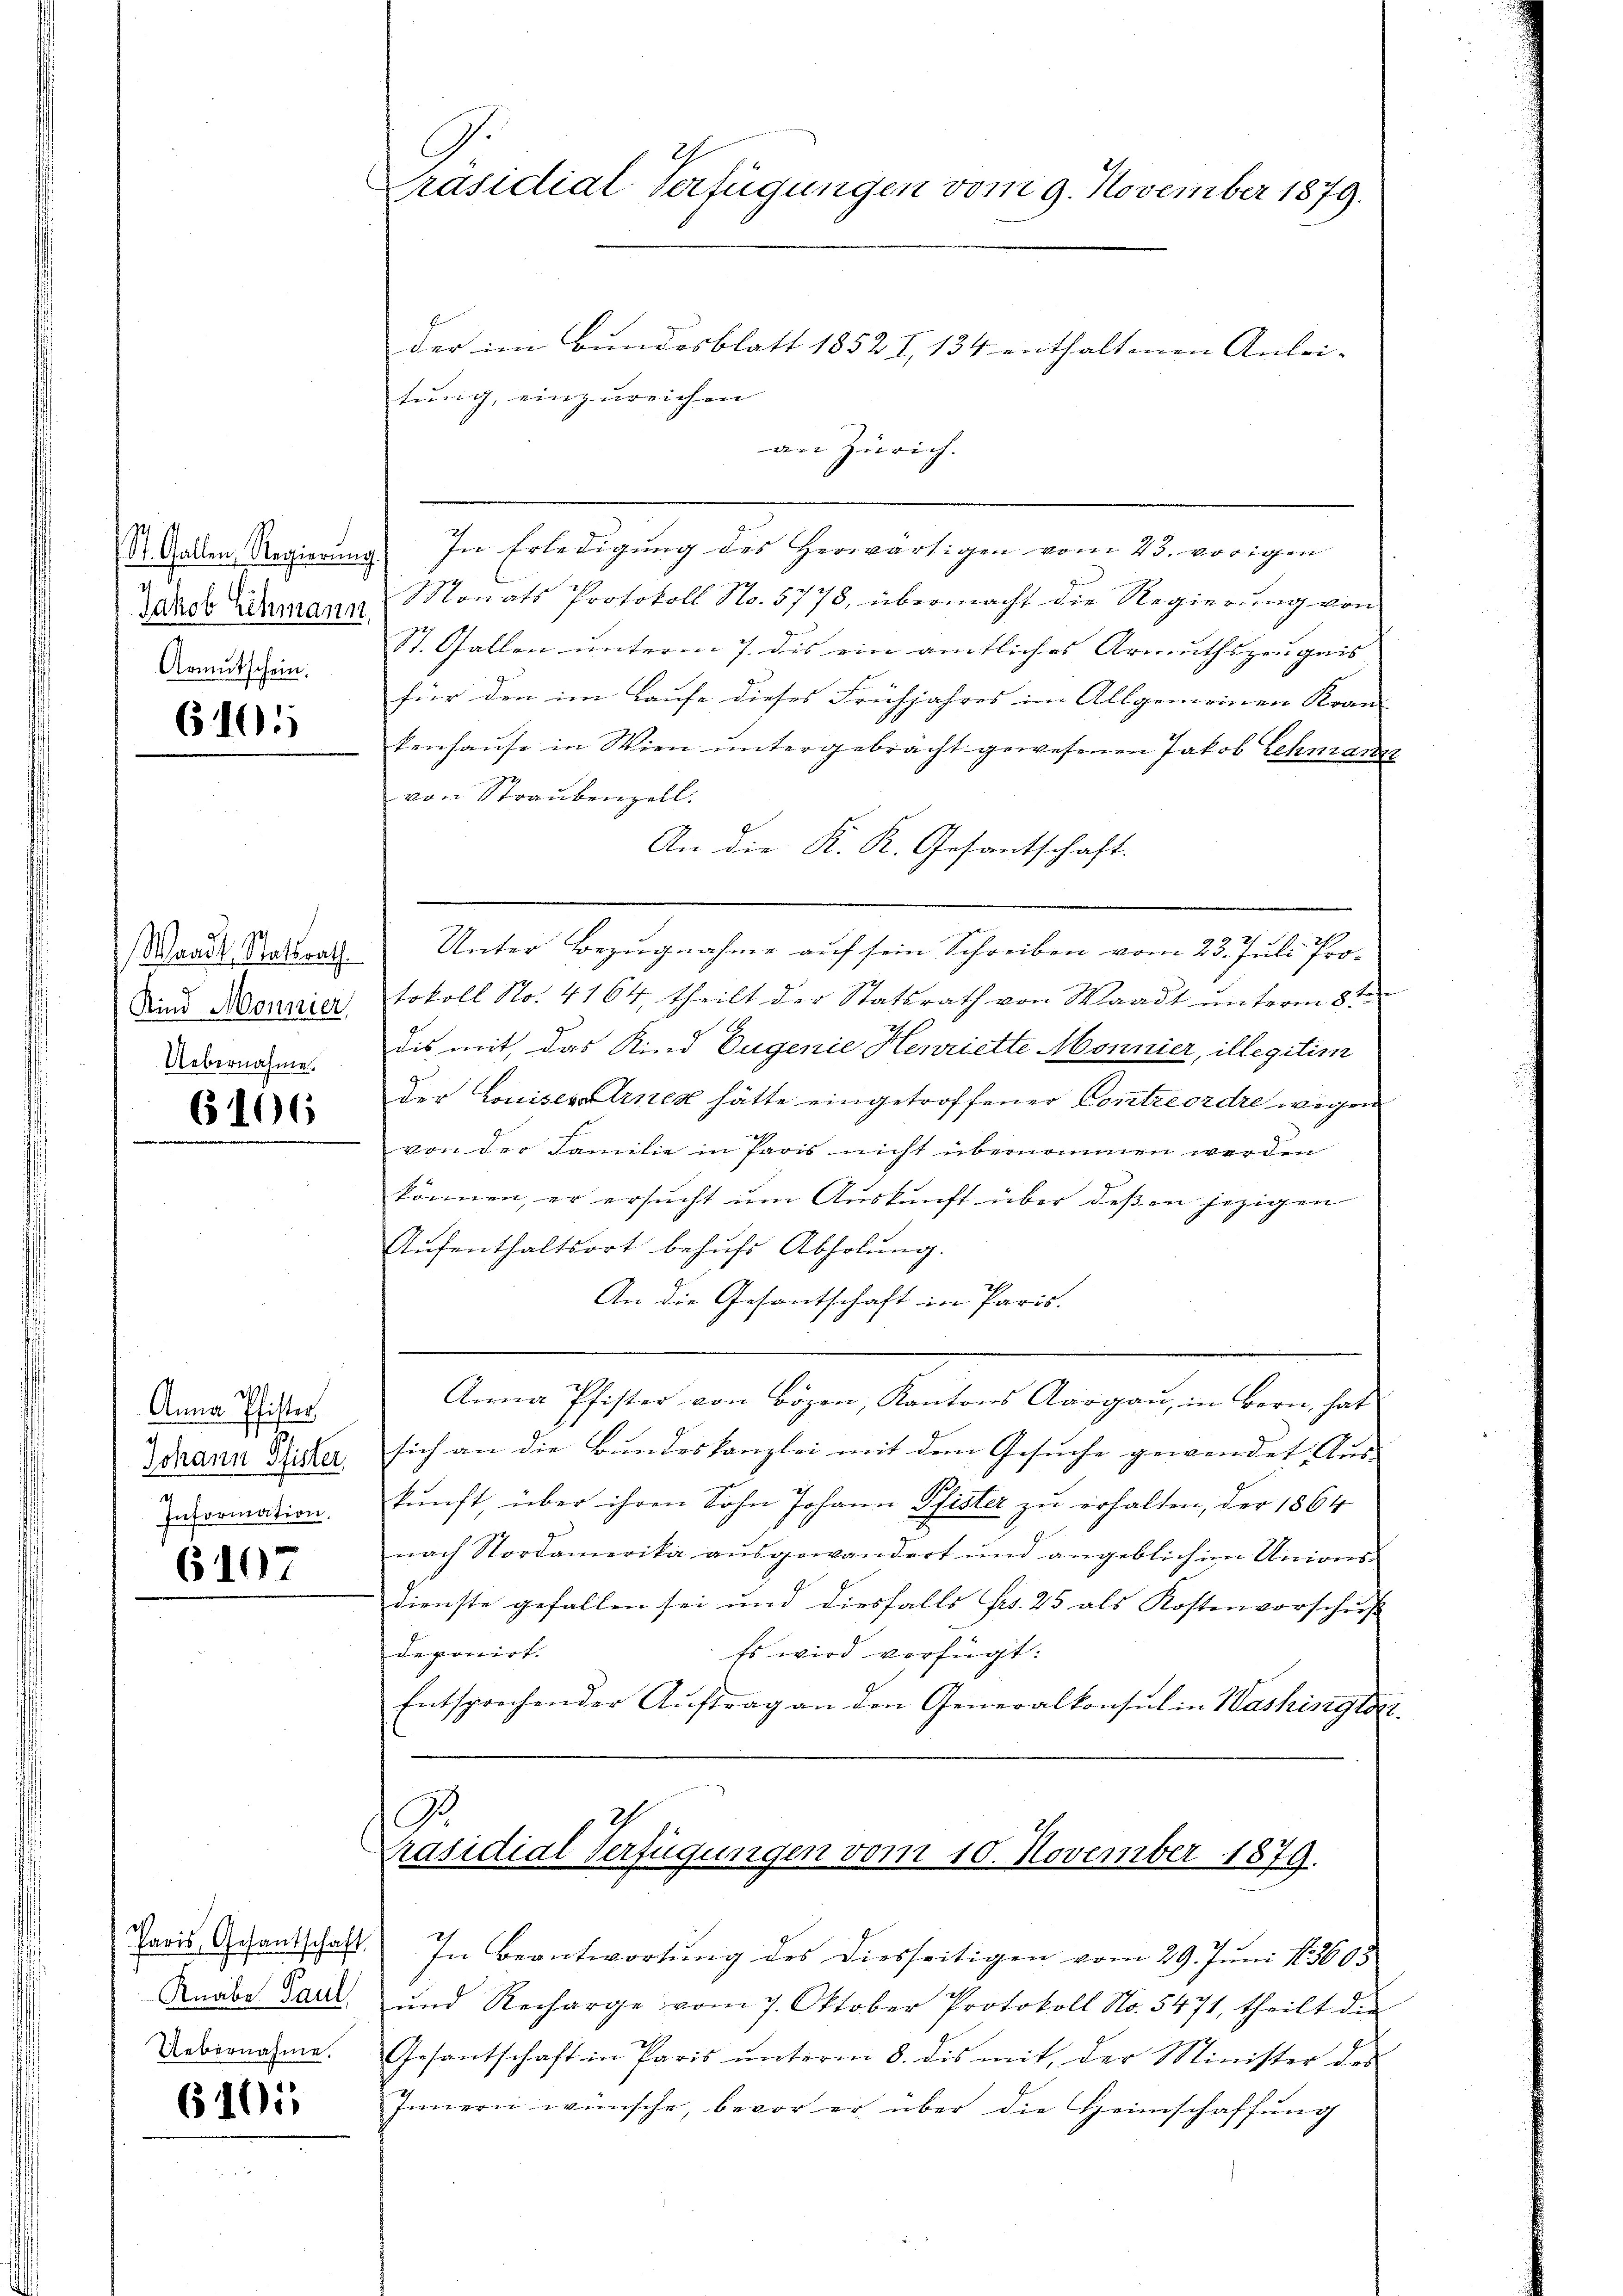
St. Gallen, Regierung
Jakob Schmann,
Armutschein.

6101

Waadt, Statsrath
Kind Monnier,
Uebernahme.

6106

Anna Pfister
Johann Pfister
Information.
6107

Knabe Paul
Uebernahme.

6101

Präsidial-Verfügungen vom 9. November 1879.

der im Bundesblatt 1852 I, 134 enthaltenen Anlei- |
tung, einzureichen
an Zürich.
a. In Erledigung des herwärtigen vom 23. vorigen
Monats Protokoll No. 5778, übermacht die Regierung von
St. Gallen unterm 7. dis ein amtliches Armuthszeugnis |
für den im Laufe dieses Frühjahres im Allgemeinen Kran-
kenhause in Wien untergebracht gewesenen Jakob Lehmarkt
von Straubenzell.
An die K. K. Gesantschaft.
Unter Bezugnahme auf sein Schreiben vom 23. Juli Protokoll No. 4164, theilt der Statsrath von Waadt unterm 8ten
dis mit, das Kind Eugenie Henriette Monnier, illegitim
der Louisesarnen hätte eingetroffener Contreordre wegen
von der Familie in Paris nicht übernommen werden
können, er ersucht um Auskunft über deßen jezigen
Aŭfenthaltsort behŭfs Abholung.
An die Gesantschaft in Paris.
Anna Pfister von Bözen, Kantons Aargau, in Bern, hat
sich an die Bundeskanzlei mit dem Gesuche gewendet. Aus
kunft, über ihren Sohn Johann Pfister zu erhalten, der 1864
nach Nordamerika aŭsgewandert und angeblich im Unions-
Dienste gefallen sei und diesfalls Fr. 25 als Kostenvorschŭβ
deponirt.
Es wird verfügt:
Entsprechender Aŭftrag an den Generalkonsul in Washingen
A.
Präsidial-Verfügungen vom 10. November 1879.
Paris Gesantschaft. In Beantwortŭng des diesseitigen vom 29. Jŭni 185605
und Recharge vom 7. Oktober Protokoll No. 5471, theilt die
Gesantschaft in Paris ŭnterm 8. des mit, der Minister des
Innern wünsche, bevor er über die Heimschaffŭng